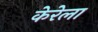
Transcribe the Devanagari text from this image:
केरेला